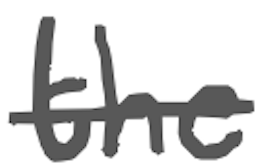
Text: the
Cross-out: mix
Writing tool: digital_gray